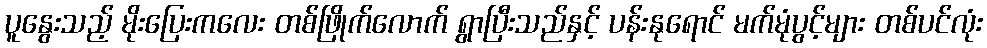
ပူနွေးသည့် မိုးပြေးကလေး တစ်ဖြိုက်လောက် ရွာပြီးသည်နှင့် ပန်းနုရောင် မက်မုံပွင့်များ တစ်ပင်လုံး